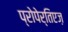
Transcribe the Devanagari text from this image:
प्रोपेर्तिएज़